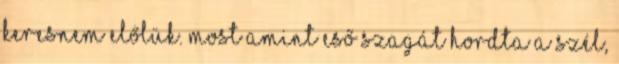
keresnem előlük. Most amint eső szagát hordta a szél,